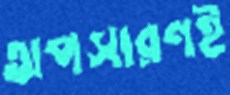
অপসারণই